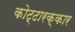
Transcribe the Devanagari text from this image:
कोट्टारक्कार